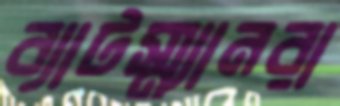
ব্যাটস্ম্যানরা